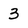
Character: 3